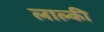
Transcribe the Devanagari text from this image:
लाल्की